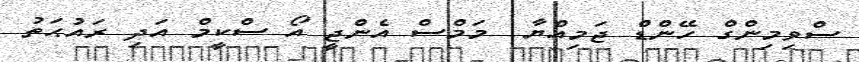
ސްވިމިންގް ހޭންޑް ޖަމިއްޔާ  މަމްސް އެންޖީ އޯ ސްކީމް އަދި ރައުޙަތު